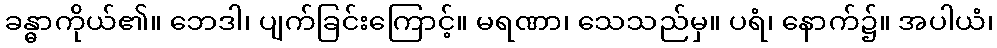
ခန္ဓာကိုယ်၏။ ဘေဒါ၊ ပျက်ခြင်းကြောင့်။ မရဏာ၊ သေသည်မှ။ ပရံ၊ နောက်၌။ အပါယံ၊